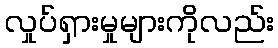
လှုပ်ရှားမှုများကိုလည်း